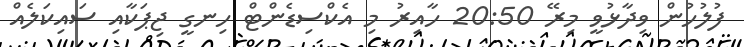
ފުލުހުން ވިދާޅުވީ މިރޭ 20:50 ހާއިރު މި އެކްސިޑެންޓް ހިނގީ ޖިޕަކާއި ސައިކަލެއް